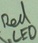
Text: RED LED